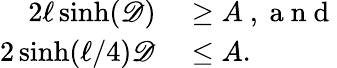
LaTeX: \begin{array}{rl}{2\ell\sinh(\mathscr{D})}&{{}\geq A\mathrm{~,~a~n~d~}}\\ {2\sinh(\ell/4)\mathscr{D}}&{{}\leq A.}\end{array}